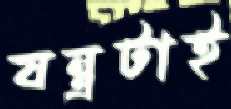
যন্ত্রটাই